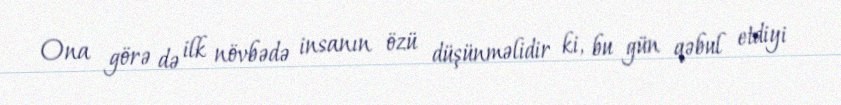
Ona görə də ilk növbədə insanın özü düşünməlidir ki, bu gün qəbul etdiyi